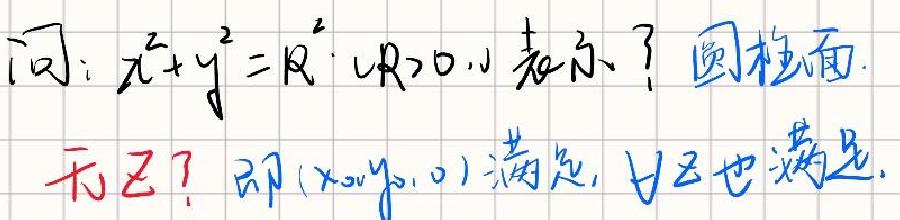
问：$x^{2}+y^{2}=R^{2}(R > 0)$表示？圆柱面.
无$z$？即$(x_{0},y_{0},0)$满足，且$z$也满足.